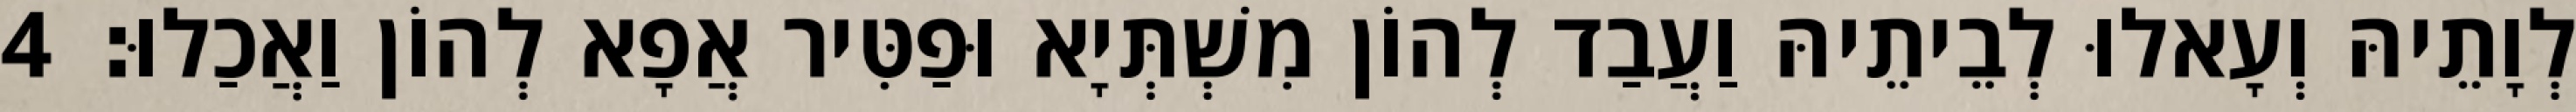
לְוָתֵיהּ וְעָאלוּ לְבֵיתֵיהּ וַעֲבַד לְהוֹן מִשְׁתְּיָא וּפַטִּיר אֲפָא לְהוֹן וַאֲכַלוּ׃ 4